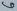
Text: 6